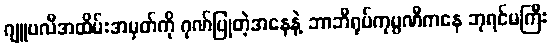
ဂျူဗလီအထိမ်းအမှတ်ကို ဂုဏ်ပြုတဲ့အနေနဲ့ ဘာဘီရုပ်ကုမ္ပဏီကနေ ဘုရင်မကြီး